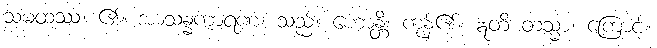
သမထဿ၊ ၏။ အာသန္နကာရဏံ၊ သည်။ ဟောန္တိ၊ ကုန်၏။ ဣတိ တသ္မာ၊ ကြောင့်။